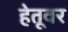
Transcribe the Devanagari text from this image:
हेतूवर